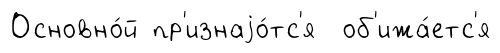
Основно́й пр'изнаjо́тс'я об'ижа́етс'я